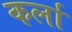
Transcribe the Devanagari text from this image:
कर्ला